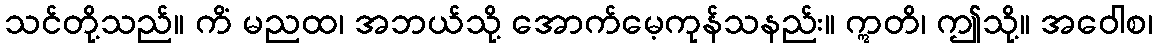
သင်တို့သည်။ ကိံ မညထ၊ အဘယ်သို့ အောက်မေ့ကုန်သနည်း။ ဣတိ၊ ဤသို့။ အဝေါစ၊